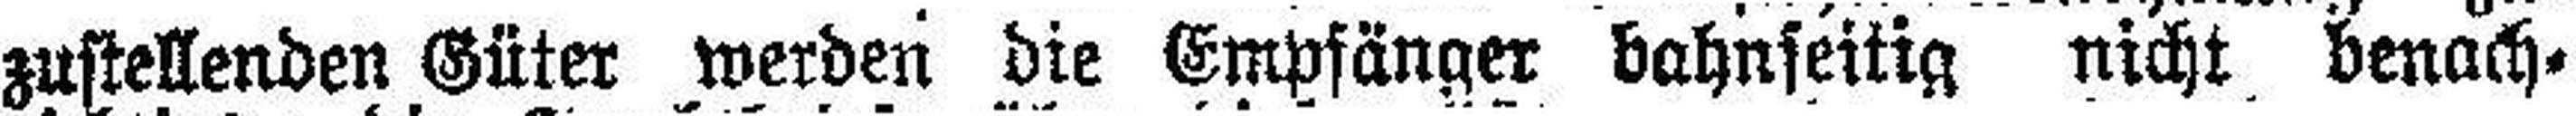
zustellenden Güter werden die Empfänger bahnseitig nicht benach¬